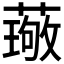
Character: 𫉦